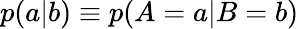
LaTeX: p(a|b)\equiv p(A=a|B=b)